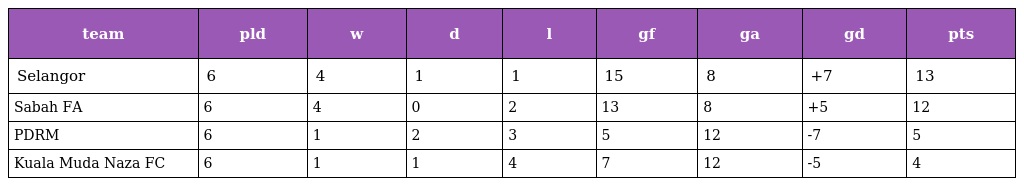
| team | pld | w | d | l | gf | ga | gd | pts |
 | --- | --- | --- | --- | --- | --- | --- | --- | --- |
 | Selangor | 6 | 4 | 1 | 1 | 15 | 8 | +7 | 13 |
 | Sabah FA | 6 | 4 | 0 | 2 | 13 | 8 | +5 | 12 |
 | PDRM | 6 | 1 | 2 | 3 | 5 | 12 | -7 | 5 |
 | Kuala Muda Naza FC | 6 | 1 | 1 | 4 | 7 | 12 | -5 | 4 |